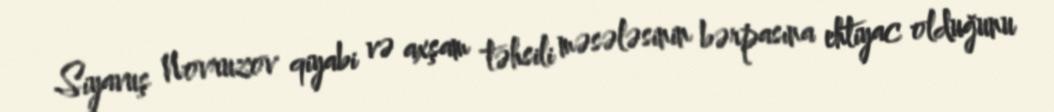
Siyavuş Novruzov qiyabi və axşam təhsili məsələsinin bərpasına ehtiyac olduğunu